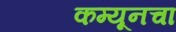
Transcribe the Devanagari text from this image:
कम्यूनचा